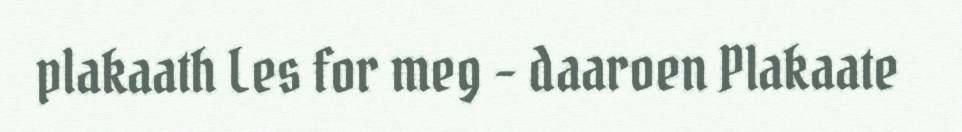
plakaath Les for meg - daaroen Plakaate